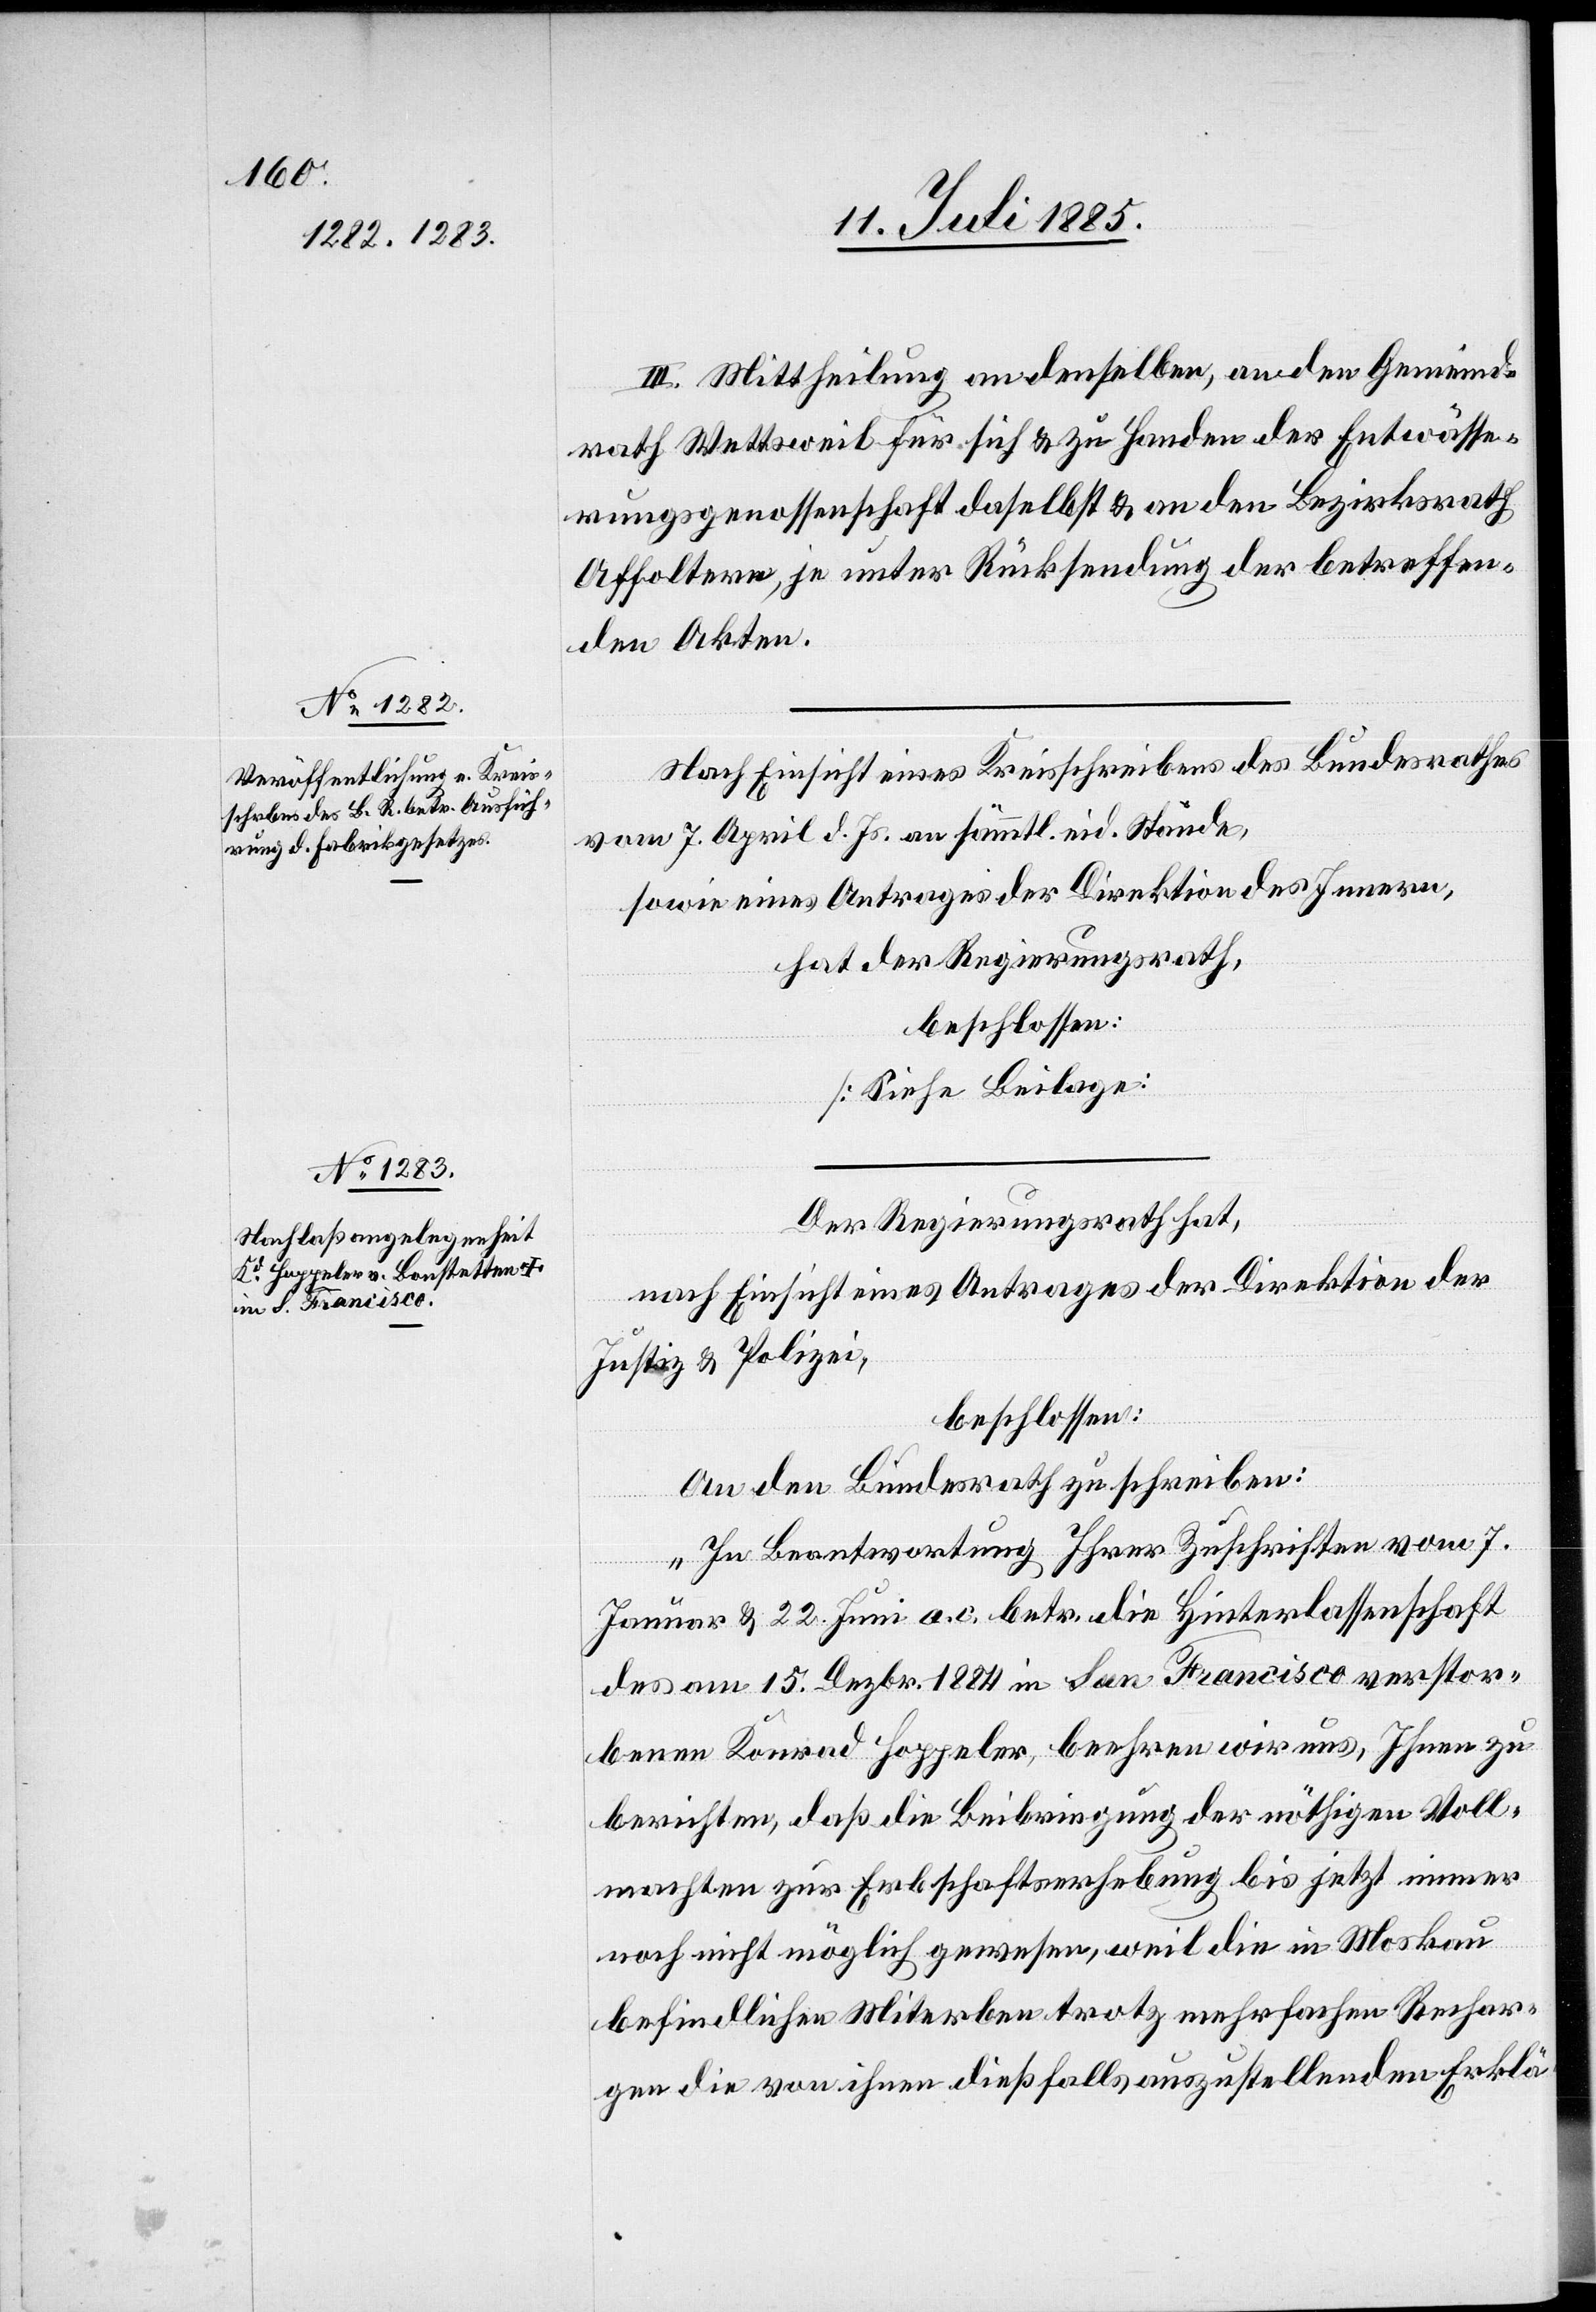
III. Mittheilung an denselben, an den Gemeind¬
rath Wettsweil für sich & zu Handen der Entwässe¬
rungsgenossenschaft daselbst & an den Bezirksrath
Affoltern, je unter Rücksendung der betreffen¬
den Akten.
Nach Einsicht eines Kreisschreibens des Bundesrathes
vom 7. April d. Js. an sämmtl. eid. Stände,
sowie eines Antrages der Direktion des Innern,
hat der Regierungsrath,
beschlossen:
[Siehe Beilage]
Der Regierungsrath hat,
nach Einsicht eines Antrages der Direktion der
Justiz & Polizei,
beschlossen:
An den Bundesrath zu schreiben:
„In Beantwortung Ihrer Zuschriften vom 7.
Januar & 22. Juni a. c. betr. die Hinterlassenschaft
des am 15. Dezbr. 1884 in San Francisco verstor¬
benen Konrad Hoppeler, beehren wir uns, Ihnen zu
berichten, daß die Beibringung der nöthigen Voll¬
machten zur Erbschaftserhebung bis jetzt immer
noch nicht möglich gewesen, weil die in Moskau
befindlichen Miterben trotz mehrfachen Rechar¬
gen die von ihnen dießfalls auszustellenden Erklä-